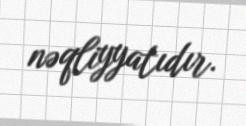
nəqliyyatıdır.